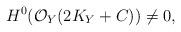
LaTeX: \begin{align*}H^0(\mathcal{O}_Y(2K_Y+C))\not= 0,\end{align*}